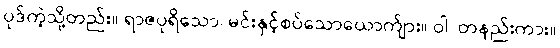
ပုဒ်ကဲ့သို့တည်း။ ရာဇပုရိသော၊ မင်းနှင့်စပ်သောယောက်ျား။ ဝါ၊ တနည်းကား။